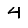
Digit: 4